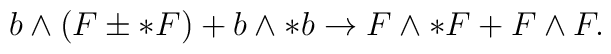
b\wedge (F \pm * F) + b\wedge * b \rightarrow  F \wedge * F + F \wedge F.